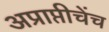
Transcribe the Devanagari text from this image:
अप्राप्तीचेंच